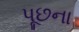
પૂછના